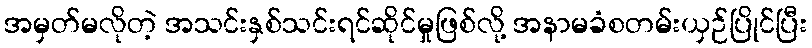
အမှတ်မလိုတဲ့ အသင်းနှစ်သင်းရင်ဆိုင်မှုဖြစ်လို့ အနာမခံစတမ်းယှဉ်ပြိုင်ပြီး